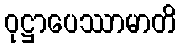
ဝုဋ္ဌာပေဿာမာတိ